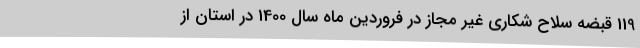
119 قبضه سلاح شکاری غیر مجاز در فروردین ماه سال 1400 در استان از